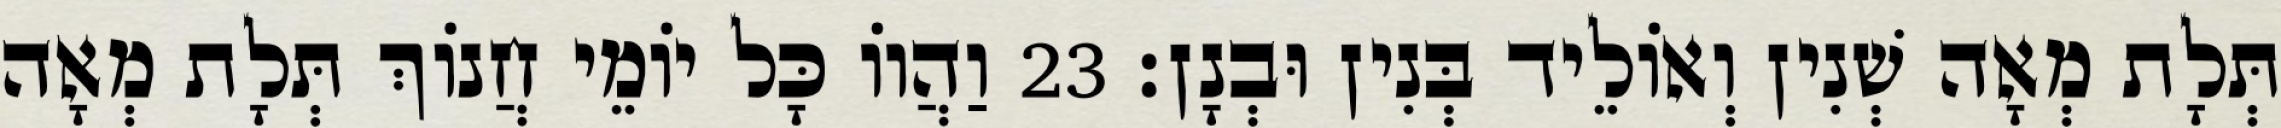
תְּלָת מְאָה שְׁנִין וְאוֹלֵיד בְּנִין וּבְנָן׃ 23 וַהֲווֹ כָּל יוֹמֵי חֲנוֹךְ תְּלָת מְאָה